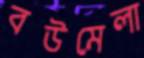
বউমেলা